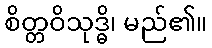
စိတ္တဝိသုဒ္ဓိ၊ မည်၏။